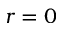
r = 0